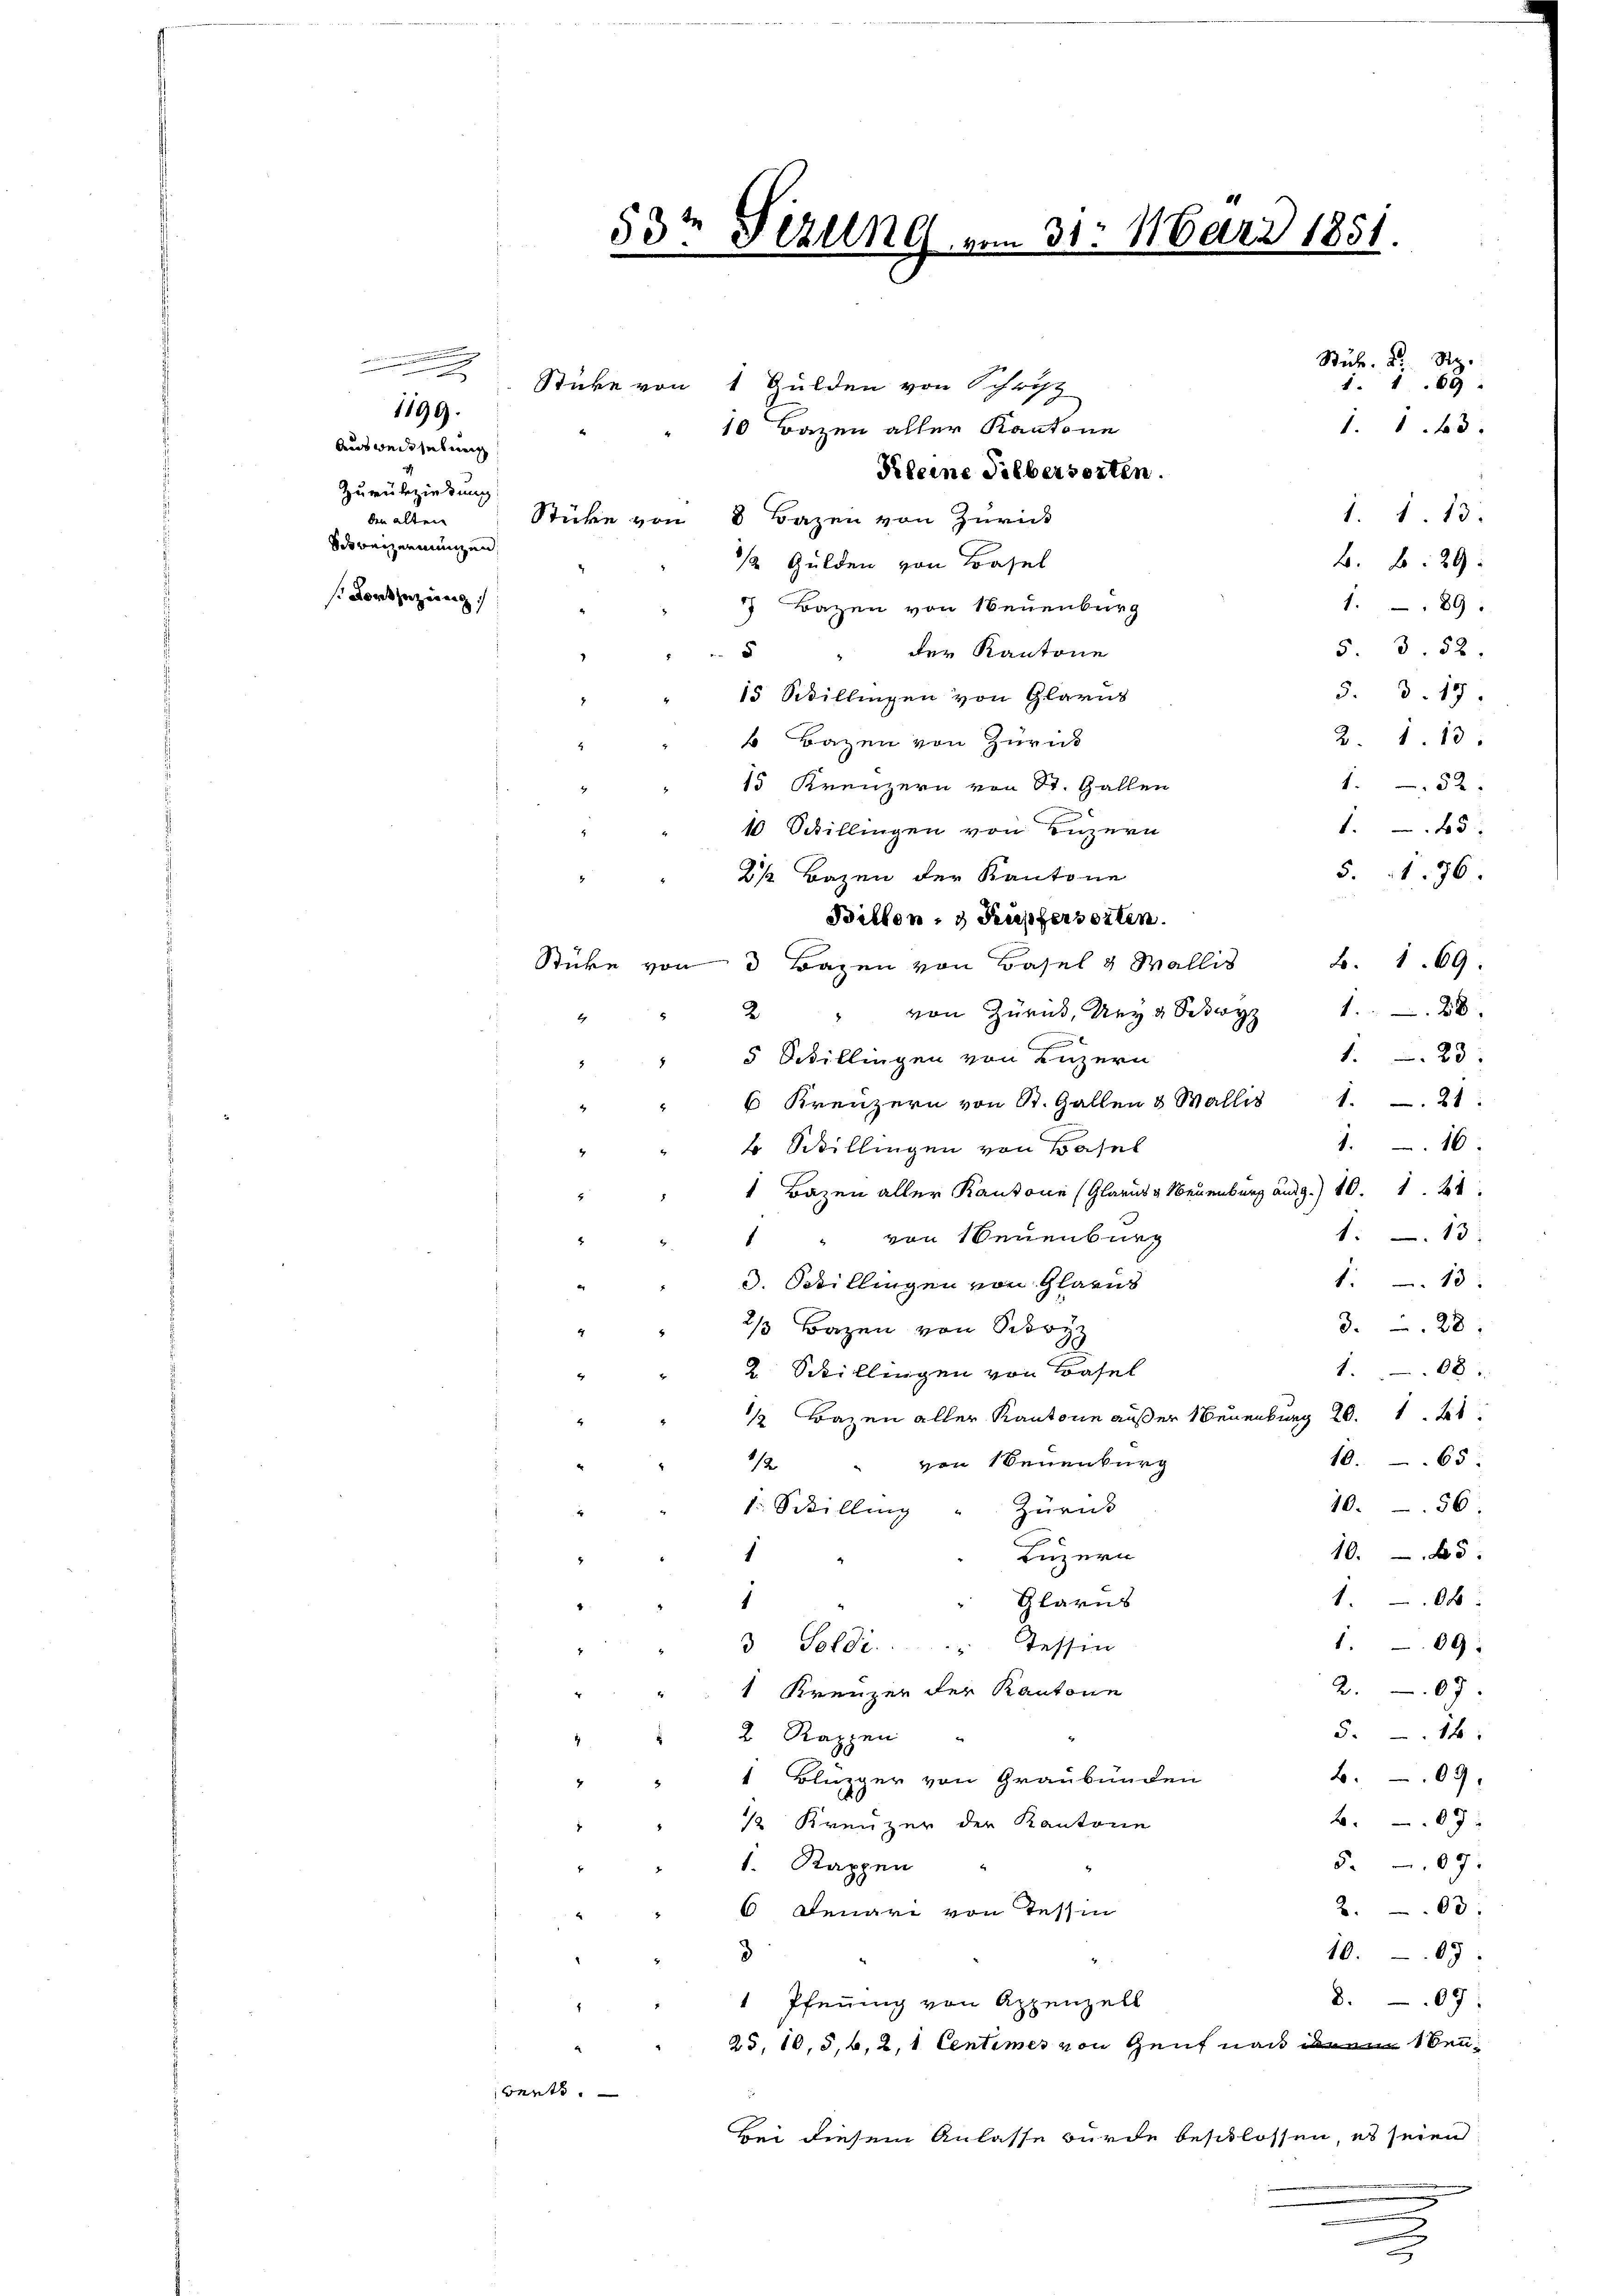
.
u
.
s
1199.
Ausweis sehnen
Zurückziehung
den alten
Schweizerinnen,
s Dortsezung

53. Se

Sticke von 1 Gulden von Schrift

2C vom 31. März 1851.
Sub. 2. S.
1. 169 :
1. 143.
" 10 Bazen aller Kantone
Kleine Silbersorten.
1. 1. 13.
Stücke von 8 Bazen von Zurick
B. B. 29:
3 Gulden von Basel
1.89
7 Bazen von Neuenburg
5. 352
" " der Kantone
5. d. 19.
15 Schillingen von Glarus
2. 1. 13.
6 Bazen von Züricht
1.52
15 Kreuzern von St. Gallen

1.45
10 Schillingen von Luzern
5. 176.
B. 169.
2 " von Zuruk, Ury, Syz 1. 28.
123:
" " 5 Schillingen von Luzern
6 Kreuzern von St. Gallen & Wallis 1. 21
5
4
1.16
4
1 Bazen aller Kantone (Glarus u. Neuenburg ausg.) 10. 1
113
 " von Neuenburg
113:
3. Stillingen von Glarus
3. 28
2/3 Bazen von Schr
1.08
2. Schillingen von Basel
1 Bazen aller Kantone außer Neuenburg 20. 1
10. 65
/2 " von Seuenburg
10. 56:
Zurück
f. Schilling
10
Luzern
10x
Glarus
1
1.09:
3 Soldi . . . Tessin
2.07.
" 1 Kreuzer der Kantone
514
 2 Rappen
b. 09.
1 Bluzger von Graubünden
2.09:
 ½ Kreuzer der Kantone
5.09:
1. Rappen
2.03:
6 denari von Tessin
3
1009.
8.09
1 Pfenning von Appenzell
t
25, 10, 5, 6, 2, 1 Centimes von Genf nach ihrem 1 Senbants.
bei diesem Anlasse wurde beschlossen, es seien

2 1/2 Bazen der Kantone
Billen, 3 Kupfersorten.
Stücke von 3 Bazen von Basel & Wallis

2 Schillingen von Basel

e

u